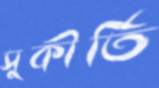
সুকীর্তি